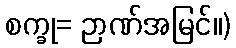
စက္ခု= ဉာဏ်အမြင်။)